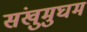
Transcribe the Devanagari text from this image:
संखुमुघम